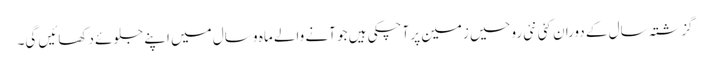
گزشتہ سال کے دوران کئی نئی روحیں زمین پر آچکی ہیں جو آنے والے ماہ و سال میں اپنے جلوئے دکھائیں گی۔